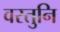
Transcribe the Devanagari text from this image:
वस्तुनि